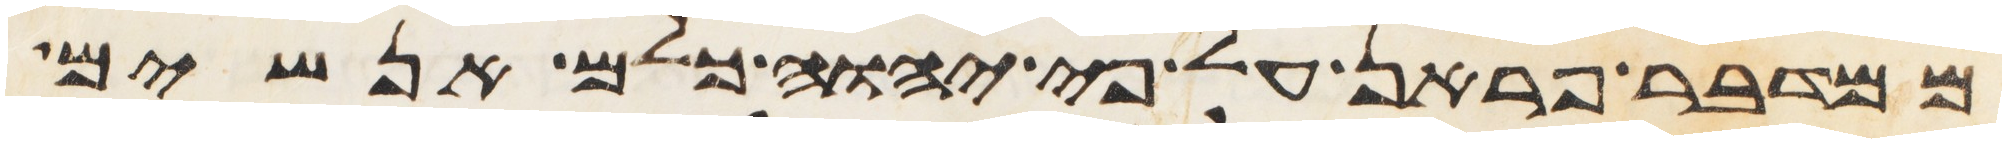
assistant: ממדבר פראן על פי יהוה כלם אנשים